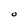
Character: O